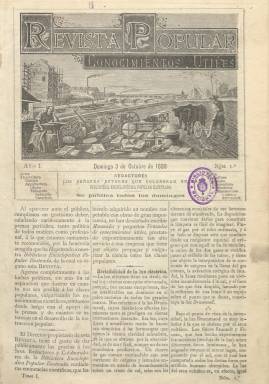
Título: Revista popular de conocimientos útiles
Colección: Revistas de información general
Ámbito geográfico: Madrid
Lugar de publicación: Madrid
Fechas: 03/10/1880-29/12/1889

“Ajenos completamente a las luchas políticas, sin más fin ni aspiración que ilustrar en cuanto nos sea posible a las clases populares, vulgarizando los conocimientos científicos…”, Así se presentaba en su primer número de octubre de 1880 esta publicación madrileña cuyo objeto era divulgar la ciencia y que fue acogida con general aplauso en la España de la Restauración.

     De periodicidad semanal con 12 páginas a tres columnas de texto, las dos últimas páginas dedicadas a anuncios, la revista se ofrecía gratis a los suscriptores de la Biblioteca Enciclopédica Popular Ilustrada, editada por Gregorio Estrada, siempre que estuvieran suscritos a las seis secciones de la Biblioteca: Artes y Oficios; Agricultura, Cultivo y Ganadería; Conocimientos útiles; Historia; Religión; y Literatura.  La oferta funcionaba en sentido contrario; al suscriptor de la revista se le servían gratis libros en función del periodo de suscripción. A más tiempo más volúmenes.

    Los autores de los libros de cada sección, especialistas en sus respectivas materias, eran los encargados de ofrecer las ‘píldoras’ de cultura recogidas en la revista, destinadas a un público más amplio.

    En la publicación se abordaban temas científicos del momento como los últimos experimentos en el campo de la electricidad, nuevos materiales como el celuloide, el cálculo de probabilidades aplicado al juego de la  Lotería, artículo que se extendió durante varios números, pero también conocimientos prácticos como un  procedimiento para limpiar los encajes, medios para alejar las hormigas de los jardines o cómo conservar  los huevos con  el ácido salicílico.

   Aunque no en todos los números, la revista incluía grabados a toda página, que  generalmente eran el dibujo de una máquina, como por ejemplo una máquina para moldear la madera o un aparato para decorar la porcelana.

    Es la década del inventor americano Edison y la revista recogió sus inventos como la bombilla eléctrica incandescente para uso comercial y el fonógrafo, pero en numerosas ocasiones se hace eco de inventos o descubrimientos más cercanos a la ciencia-ficción que a la ciencia, lo que desde nuestro punto de vista actual hace más entretenida la publicación.

    Así, en el primer número se informa sobre el Identiscopo, un aparato inventado por un fotógrafo alemán que sirve para conocer si dos retratos hechos con gran diferencia de tiempo son de una misma persona, aunque ésta haya variado notablemente. Estaba fundado en que los huesos de la cara no cambian de forma con la edad.

   Y el segundo número da cuenta del Velocípedo de aire, inventado en América para competir con el ferrocarril, y del estudio que prueba la mayor capacidad craneal de los hombres célebres, tras realizar experimentos con los cráneos conservados en el Museo de Historia Natural de París.

   En uno de sus últimos números, el del 12 febrero 1888, se asegura que ese año se verá la Estrella de Belén que guió a los Reyes Magos, “estrella errante que aparece cada 315 años en el firmamento”.  Todavía no sabemos qué fenómeno astronómico fue exactamente la Estrella de Belén de la que habla el Evangelio, por lo que asombra esa certeza de la que hacía gala la revista, fiel reflejo de la fe en la ciencia del siglo XIX.

    Pero también se pueden encontrar investigaciones rigurosas como la dedicada a los efectos venenosos del humo del tabaco, artículo del 6 de marzo de 1881 que recogía una memoria publicada por el doctor Le Bon en 1872. Y su certero vaticinio: “A pesar de las terribles conclusiones que acabamos de exponer, el vicio del tabaco está tan arraigado que pocos de nuestros lectores tendrán bastante energía para dejarlo”.

   Y también leemos los primeros intentos de liberación de la mujer, por ella misma, del trabajo doméstico. En 1880 fueron expedidas 70 patentes de invención a favor de mujeres, la mayor parte de los inventos referidos a aparatos para facilitar las tareas de la casa, como una máquina de lavar o una plancha.

   En su último número de 29 de diciembre de 1889, la publicación anunció la suspensión de la Biblioteca Enciclopédica Popular Ilustrada y con ella de la propia revista, a cuyos suscriptores se les daba la opción de suscribirse a El Porvenir de la Industria, editada en Barcelona, y con la misma temática.

[Descripción publicada el 14/6/2018]